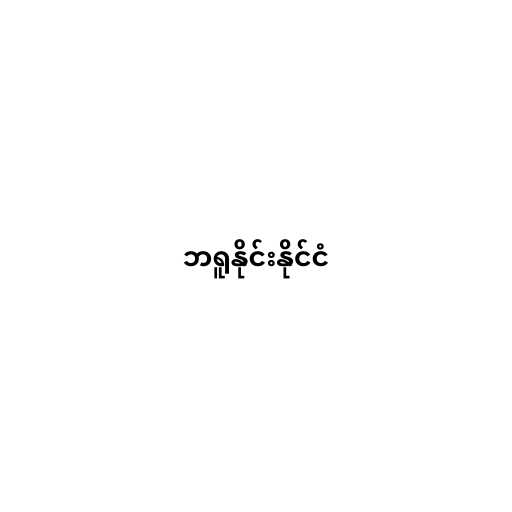
ဘရူနိုင်းနိုင်ငံ